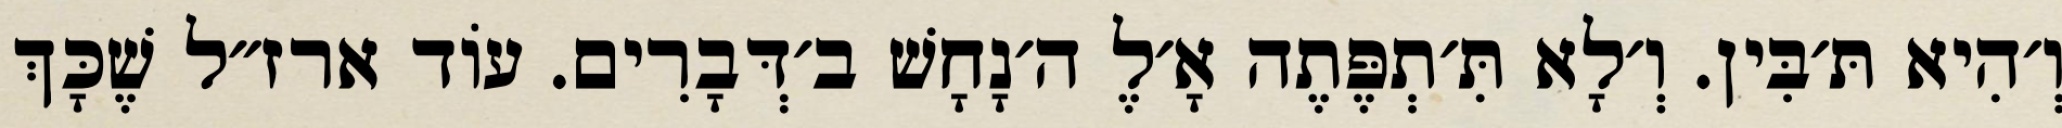
וְ׳הִיא תּ׳בִּין. וְ׳לָא תִּ׳תְפֶּתֶה אָ׳לֶ ה׳נָחָשׁ ב׳דְּבָרִים. עוֹד ארז״ל שֶׁכָּךְ